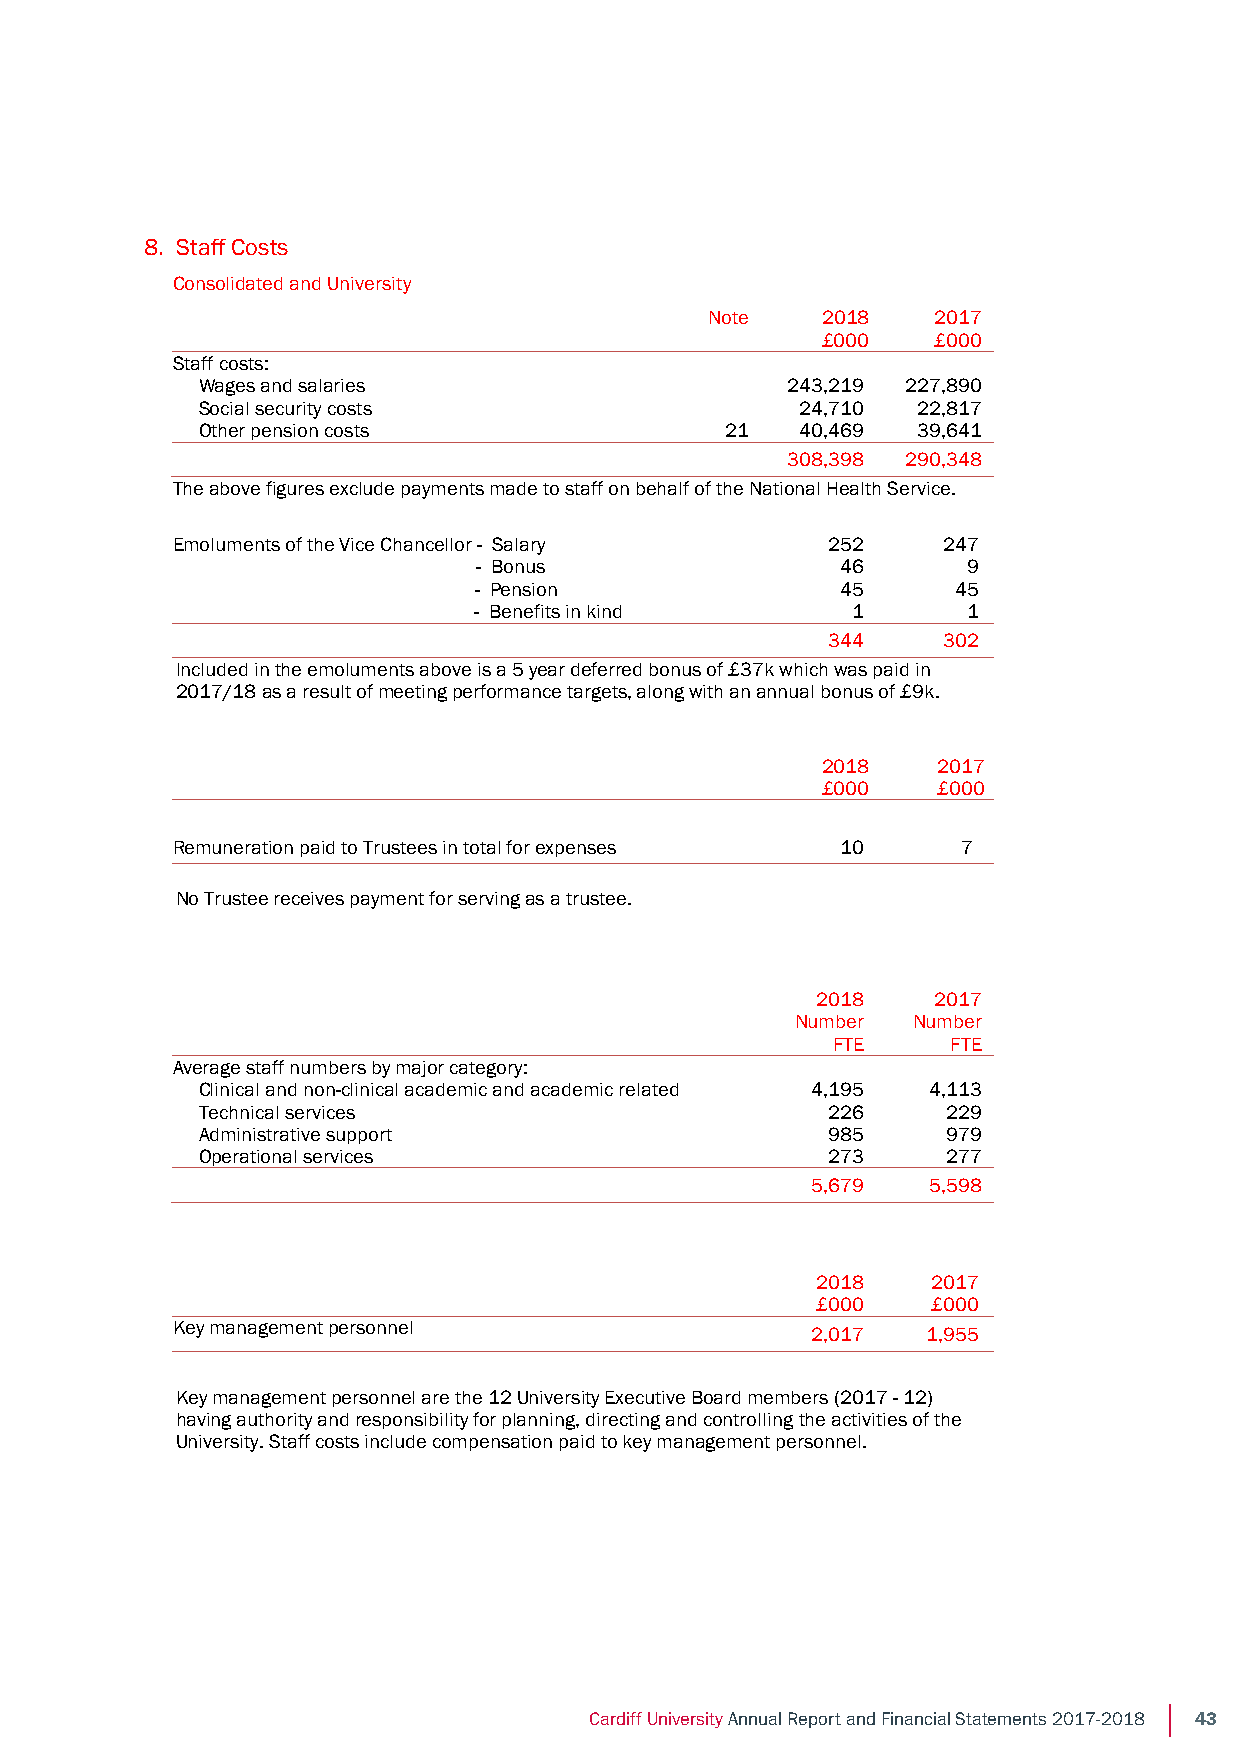
Notes to the Financial Statements
 Year ended 31 July 2018
 8. Staff Costs
 Consolidated and University
 Note   2018    2017
 £000    £000
 Staff costs:
 Wages and salaries                     243,219 227,890
 Social security costs                   24,710  22,817
 Other pension costs                21   40,469  39,641
 308,398 290,348
 The above figures exclude payments made to staff on behalf of the National Health Service.
 Emoluments of the Vice Chancellor - Salary  252    247
 - Bonus                 46      9
 - Pension                45     45
 - Benefits in kind       1       1
 344    302
 Included in the emoluments above is a 5 year deferred bonus of £37k which was paid in
 2017/18 as a result of meeting performance targets, along with an annual bonus of £9k.
 2018    2017
 £000    £000
 Remuneration paid to Trustees in total for expenses 10 7
 No Trustee receives payment for serving as a trustee.
 2018    2017
 Number Number
 FTE     FTE
 Average staff numbers by major category:
 Clinical and non-clinical academic and academic related 4,195 4,113
 Technical services                        226     229
 Administrative support                    985     979
 Operational services                      273     277
 5,679  5,598
 2018    2017
 £000    £000
 Key management personnel                   2,017  1,955
 Key management personnel are the 12 University Executive Board members (2017 - 12)
 having authority and responsibility for planning, directing and controlling the activities of the
 University. Staff costs include compensation paid to key management personnel.
 38
 Cardiff University Annual Report and Financial Statements 2017-2018 43